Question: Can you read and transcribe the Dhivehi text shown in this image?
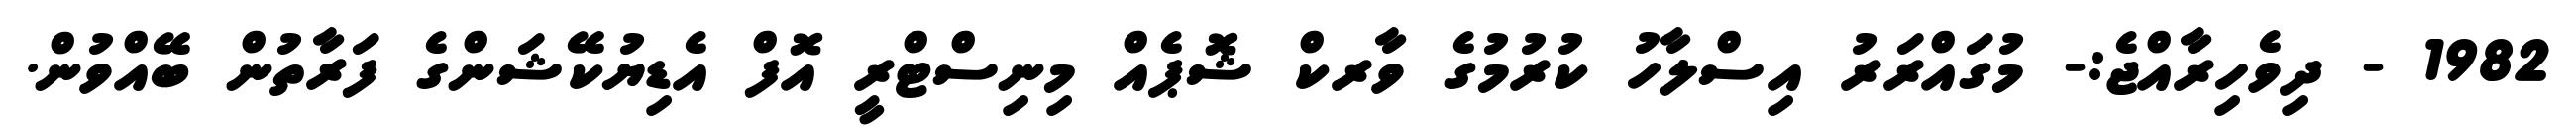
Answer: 1982 - ދިވެހިރާއްޖެ:- މުގައްރަރު އިސްލާހު ކުރުމުގެ ވާރކް ޝޮޕެއް މިނިސްޓްރީ އޮފް އެޑިޔުކޭޝަންގެ ފަރާތުން ބޭއްވުން.